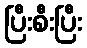
ပြီးစီးပြီး